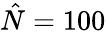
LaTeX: \hat{N}=100